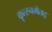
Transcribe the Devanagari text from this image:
कृत्स्नमेतद्